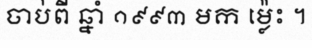
ចាប់ពី ឆ្នាំ ១៩៩៣ មក ម្ល៉េះ ។